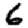
Digit: 6